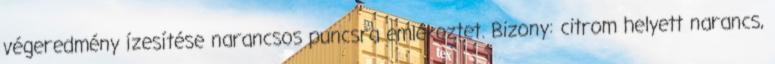
végeredmény ízesítése narancsos puncsra emlékeztet. Bizony: citrom helyett narancs,